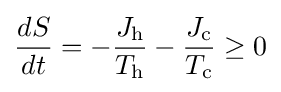
{\frac {dS}{dt}}=-{\frac {J_{\text{h}}}{T_{\text{h}}}}-{\frac {J_{\text{c}}}{T_{\text{c}}}}\geq 0